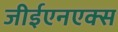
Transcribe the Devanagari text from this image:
जीईएनएक्स